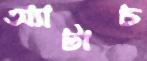
অ্যাটাচ